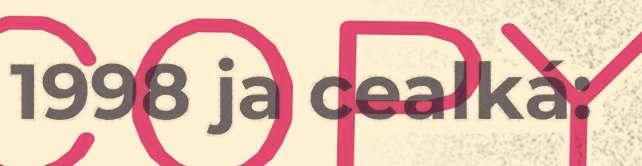
1998 ja cealká: